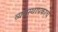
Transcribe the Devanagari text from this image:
व्यवस्थापकाचे